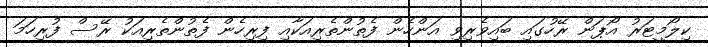
ކިލޯމީޓަރު އޯޕަން ރޭހުގައި ބައިވެރިވި އަންހެން ފެތުންތެރިއަކާއި ފިރިހެން ފެތުންތެރިއަކު ރޭސް ފުރިހަމަ